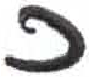
אות: כ